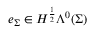
e _ { \Sigma } \in H ^ { \frac { 1 } { 2 } } \Lambda ^ { 0 } ( \Sigma )